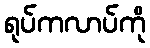
ရုပ်ကလာပ်ကို